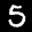
Label: 5